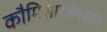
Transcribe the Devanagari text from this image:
कौमिसारजेवस्की